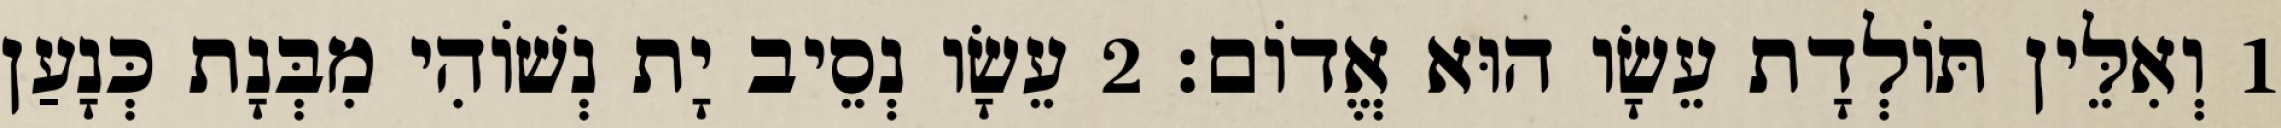
1 וְאִלֵּין תּוֹלְדָת עֵשָׂו הוּא אֱדוֹם׃ 2 עֵשָׂו נְסֵיב יָת נְשׁוֹהִי מִבְּנָת כְּנָעַן